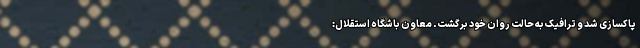
پاکسازی شد و ترافیک به حالت روان خود برگشت. معاون باشگاه استقلال: